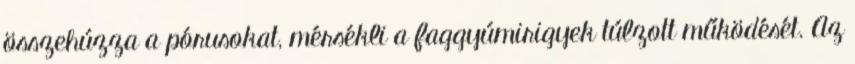
összehúzza a pórusokat, mérsékli a faggyúmirigyek túlzott működését. Az